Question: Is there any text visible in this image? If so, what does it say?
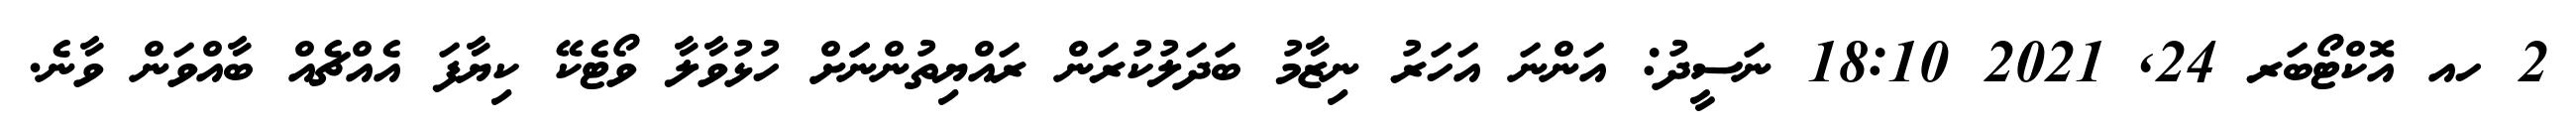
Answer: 2 ހއ އޮކްޓޯބަރ 24, 2021 18:10 ނަސީދު: އަންނަ އަހަރު ނިޒާމު ބަދަލުކުރަން ރައްޔިތުންނަަށް ހުޅުވާލާ ވޯޓެކޭ ކިޔާފަ އެއްޗެއް ބާއްވަން ވާނެ.